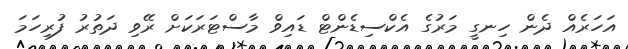
އަހަރެއް ދެން ހިނގީ މަރުގެ އެކްސިޑެންޓް ޑައިވް މާސްޓަރަކަށް ރޭވި ދަތުރު ފުރިހަމަ